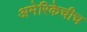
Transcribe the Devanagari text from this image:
अमेरिकेचीच